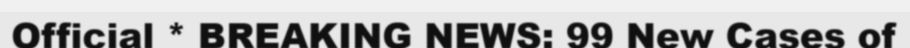
Official * BREAKING NEWS: 99 New Cases of